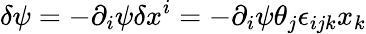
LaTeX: \delta\psi=-\partial_{i}\psi\delta x^{i}=-\partial_{i}\psi\theta_{j}\epsilon_{ijk}x_{k}